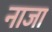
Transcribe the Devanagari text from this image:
नाजा